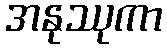
အနုဿုကာ